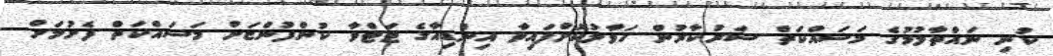
ކުނި ނައްތާލުމުގެ މަސައްކަތް ސަރުކާރުން ހަވާލުކޮށްފައިވާ އިންޑިއާގެ ޓަޓްވާ ކުންފުންޏަށް މަސަައްކަތް ފެށުމަށް